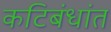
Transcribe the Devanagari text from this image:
कटिबंधांत